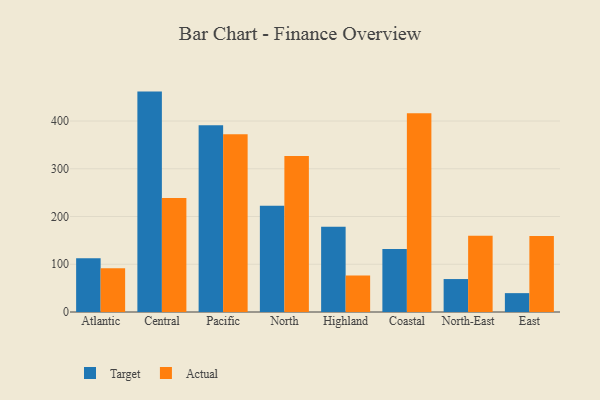
{"axis": {"x": "Region", "y": "Customer Acquisition Cost (USD)"}, "legend": ["Actual", "Target"], "data": [{"x": "Atlantic", "y": 112.7, "type": "Target"}, {"x": "Atlantic", "y": 91.5, "type": "Actual"}, {"x": "Central", "y": 461.6, "type": "Target"}, {"x": "Central", "y": 238.8, "type": "Actual"}, {"x": "Pacific", "y": 391.1, "type": "Target"}, {"x": "Pacific", "y": 372.2, "type": "Actual"}, {"x": "North", "y": 222.3, "type": "Target"}, {"x": "North", "y": 326.5, "type": "Actual"}, {"x": "Highland", "y": 178.8, "type": "Target"}, {"x": "Highland", "y": 76.6, "type": "Actual"}, {"x": "Coastal", "y": 132.2, "type": "Target"}, {"x": "Coastal", "y": 416.0, "type": "Actual"}, {"x": "North-East", "y": 69.0, "type": "Target"}, {"x": "North-East", "y": 159.5, "type": "Actual"}, {"x": "East", "y": 39.5, "type": "Target"}, {"x": "East", "y": 159.3, "type": "Actual"}]}